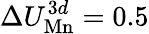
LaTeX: \Delta U_{\mathrm{Mn}}^{3d}=0.5